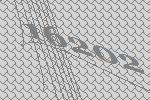
16202